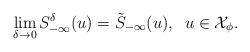
LaTeX: \begin{align*}\lim_{\delta \to 0} S^\delta_{-\infty}(u)= \tilde{S}_{-\infty}(u),\;\; u \in \mathcal{X}_\phi.\end{align*}